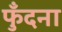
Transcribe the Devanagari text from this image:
फुँदना